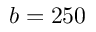
b = 2 5 0